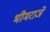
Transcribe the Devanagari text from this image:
भीमराजें